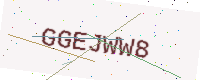
Text: GGEJWW8